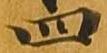
四